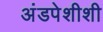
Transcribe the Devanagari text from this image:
अंडपेशीशी